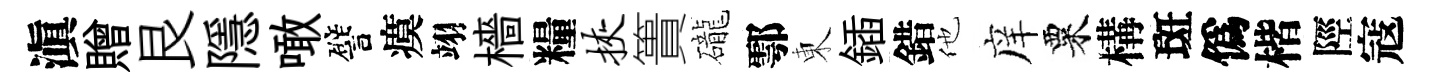
滇贈艮隱噉譬瘼翊檣糧挟簣礲鄠東鍤錯他庠粟構斑僞楷陘寇